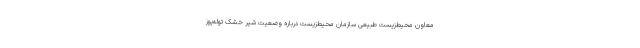
معاون محیط‌زیست طبیعی سازمان محیط‌زیست درباره وضعیت شیر خشک توله‌یوز